Indian journal of veterinary science and animal husbandry - Volume 1,
Year: 1931
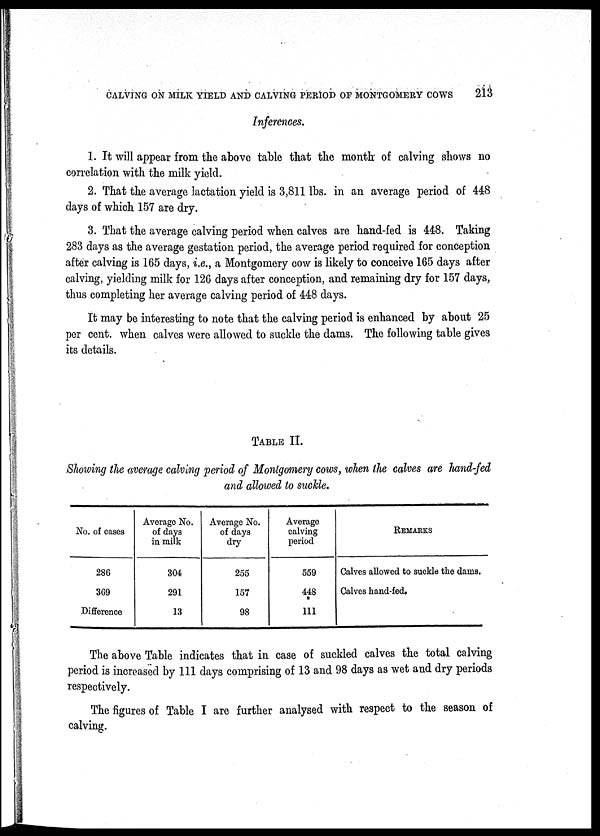
CALVING ON MILK YIELD AND CALVING PERIOD OF MONTGOMERY COWS
213
Inferences.
1. It will appear from the above table that the month of calving shows no
correlation with the milk yield.
2. That the average lactation yield is 3,811 lbs. in an average period of 448
days of which 157 are dry.
3. That the average calving period when calves are hand-fed is 448. Taking
283 days as the average gestation period, the average period required for conception
after calving is 165 days, i.e., a Montgomery cow is likely to conceive 165 days after
calving, yielding milk for 126 days after conception, and remaining dry for 157 days,
thus completing her average calving period of 448 days.
It may be interesting to note that the calving period is enhanced by about 25
per cent. when calves were allowed to suckle the dams. The following table gives
its details.
TABLE II.
Showing the average calving period of Montgomery cows, when the calves are hand-fed
and allowed to suckle.
No. of cases
286
369
Difference
Average No.
of days
in milk
304
291
13
Average No.
of days
dry
255
157
98
Average
calving
period
559
448
111
REMARKS
Calves allowed to suckle the dams.
Calves hand-fed.
The above Table indicates that in case of suckled calves the total calving
period is increased by 111 days comprising of 13 and 98 days as wet and dry periods
respectively.
The figures of Table I are further analysed with respect to the season of
calving.